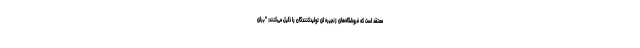
معتقد است که فروشگاه‌های زنجیره ای تولیدکنندگان را ذلیل می‌کنند: "برای